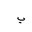
Letter: _ba